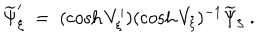
\widetilde \Psi _ { \xi } ^ { \prime } \ = \ ( \cosh V _ { \xi } ^ { \prime } ) ( \cosh V _ { \xi } ) ^ { - 1 } \widetilde \Psi _ { \xi } \ .